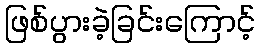
ဖြစ်ပွားခဲ့ခြင်းကြောင့်